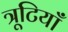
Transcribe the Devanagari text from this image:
त्रूटियाँ